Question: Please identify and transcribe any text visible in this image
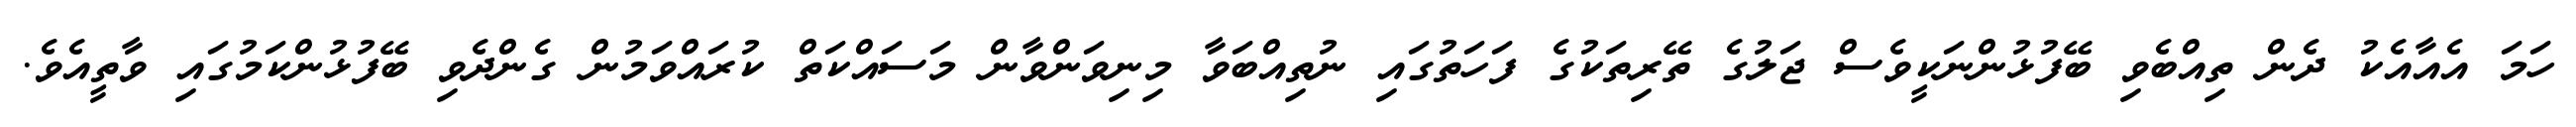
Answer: ހަމަ އެއާއެކު ދެން ތިއްބެވި ބޭފުޅުންނަކީވެސް ޖަލުގެ ތޭރިތަކުގެ ފަހަތުގައި ނުތިއްބަވާ މިނިވަންވާން މަސައްކަތް ކުރައްވަމުން ގެންދެވި ބޭފުޅުންކަމުގައި ވާތީއެވެ.